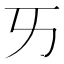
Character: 𠀅